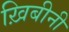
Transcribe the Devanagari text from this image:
ख़िबीनी